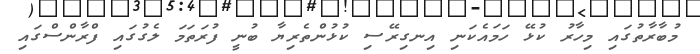
މުބާރާތުގައި މިހާރު ކުޅޭ ހަމައެކަނި އިނގިރޭސި ކުޅުންތެރިޔާ ބުނީ ފުރަތަމަ ލެގުގައި ފްރާންސްގައި